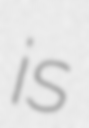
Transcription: is